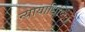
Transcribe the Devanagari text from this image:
न्यायाधिष्ठित